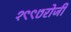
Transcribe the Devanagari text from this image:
१९९७रोजी